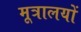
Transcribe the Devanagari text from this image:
मूत्रालयों